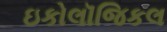
ઇકોલૉજિકલ